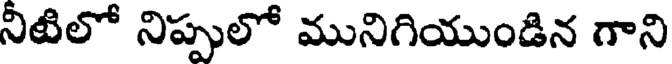
నీటిలో నిప్పులో మునిగియుండిన గాని